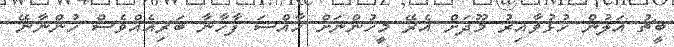
ބީޗު އަލުން ހުޅުވާއިރު މޫދަށް އެރޭ މީހުންނަށް ހާއްސަ ފާހާނާ ބަރިއެއްވެސް ހުންނާނޭ